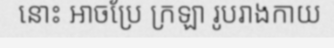
នោះ ឤចប្រែ ក្រឡា រូបរាងកាយ